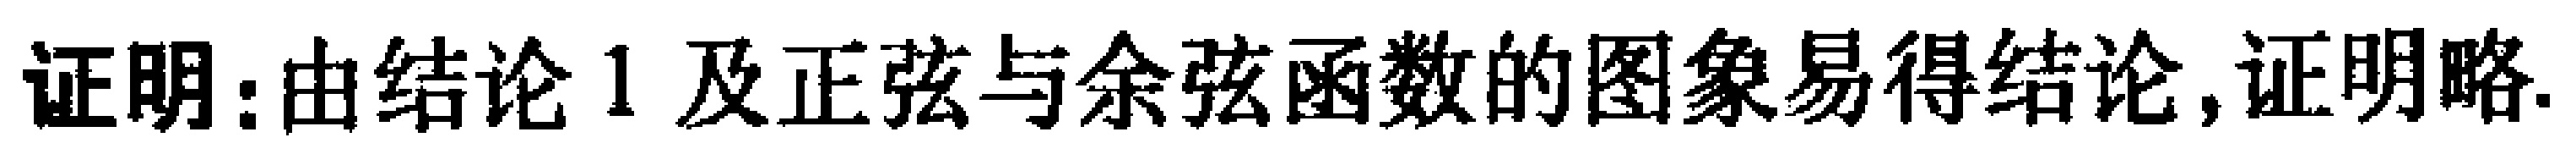
证明：由结论 1 及正弦与余弦函数的图象易得结论,证明略.